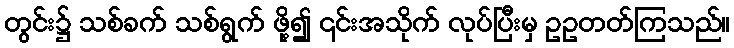
တွင်း၌ သစ်ခက် သစ်ရွက် ဖို့၍ ၎င်းအသိုက် လုပ်ပြီးမှ ဥဥတတ်ကြသည်။